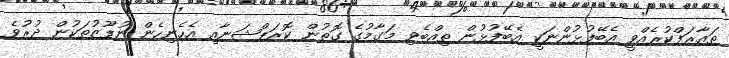
ތައާރަފްކުރެއްވީ އެބޭފުޅުންނަކީ އެބޭފުޅުން ތިއްބެވި މަގާމުގެ ގޮތުން ކޮރަޕްޝަނާއި އެހެނިހެން ނުފޫޒުތަކުން ދުރުވެ